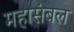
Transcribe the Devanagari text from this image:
महासंबल